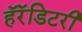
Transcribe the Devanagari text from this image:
हॅरॅडिटरी